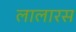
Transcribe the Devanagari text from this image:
लालारस